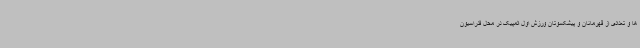
ها و تعدادی از قهرمانان و پیشکسوتان ورزش اول المپیک در محل فدراسیون